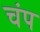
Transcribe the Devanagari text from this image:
चंप